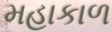
મહાકાળ